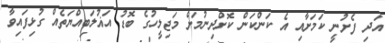
އަދި ފެށުނީ ކަމަށާއި އެ ކަންކަން ކޮށްދިނުމަށް މަޖިލީހުގެ ބޮޑު އަޣުލަބިއްޔަތެއް ގުޅިފައިވާ